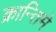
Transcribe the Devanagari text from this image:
क्रान्तिमे